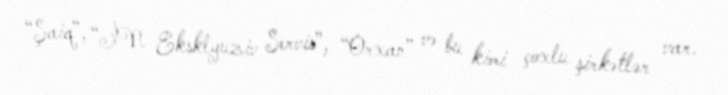
“Şaiq”, “İN Eksklyuziv Servis”, “Orxan” və bu kimi çoxlu şirkətlər var.